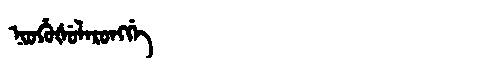
Manchu: ᠨᡳᠣᡥᡠᡧᡠᠯᡝᡵᠣᠩᡤᡝ
Romanization: NIOHUŠULERONGGE